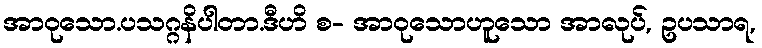
အာဝုသော.ပသဂ္ဂနိပါတာ.ဒီဟိ စ- အာဝုသောဟူသော အာလုပ်, ဥပသာရ,